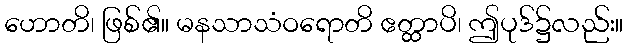
ဟောတိ၊ ဖြစ်၏။ မနသာသံဝရောတိ ဧတ္ထာပိ၊ ဤပုဒ်၌လည်း။